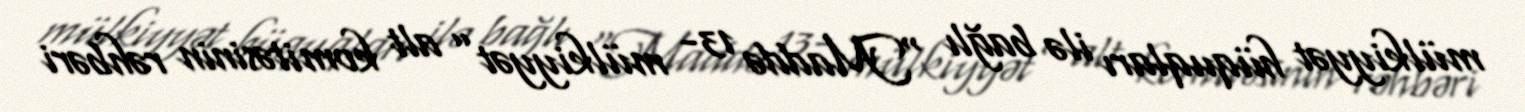
mülkiyyət hüquqları ilə bağlı “Maddə 13- mülkiyyət” alt komitəsinin rəhbəri